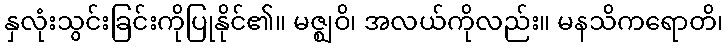
နှလုံးသွင်းခြင်းကိုပြုနိုင်၏။ မဇ္ဈဝိ၊ အလယ်ကိုလည်း။ မနသိကရောတိ၊